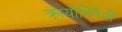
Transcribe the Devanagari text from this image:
क्रायोथिरैपी